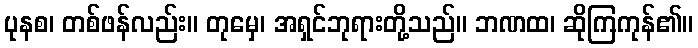
ပုနစ၊ တစ်ဖန်လည်း။ တုမှေ၊ အရှင်ဘုရားတို့သည်။ ဘဏထ၊ ဆိုကြကုန်၏။